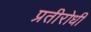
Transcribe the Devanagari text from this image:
प्रतीरोधी